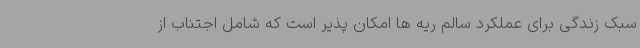
سبک زندگی برای عملکرد سالم ریه ها امکان پذیر است که شامل اجتناب از